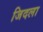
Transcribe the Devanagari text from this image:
जिदला